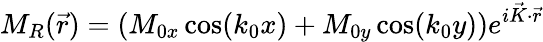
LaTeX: M_{R}(\vec{r})=(M_{0x}\cos(k_{0}x)+M_{0y}\cos(k_{0}y))e^{i\vec{K}\cdot\vec{r}}